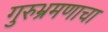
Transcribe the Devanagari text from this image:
गुरुभ्रमणाचा